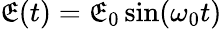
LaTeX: \mathfrak{E}(t)=\mathfrak{E}_{0}\sin(\omega_{0}t)